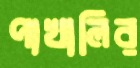
পাখালির